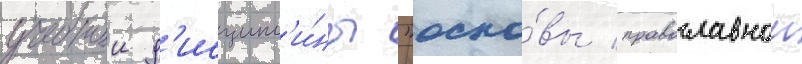
учебнои д'исципл'и́ны "осно́вы православнои